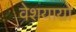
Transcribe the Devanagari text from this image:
वेशयायो